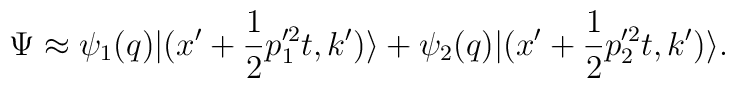
\Psi\approx \psi_1(q)|(x'+{1\over 2} p_1^{\prime 2}t, k')\rangle +\psi_2(q)|(x'+{1\over 2} p_2^{\prime 2}t, k')\rangle.